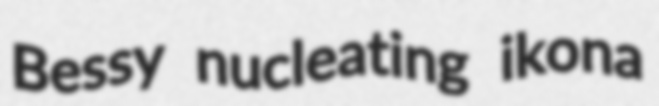
Bessy nucleating ikona